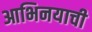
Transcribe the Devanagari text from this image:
आभिनयाची